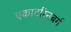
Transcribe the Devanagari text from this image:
एकाटरिनबर्ग